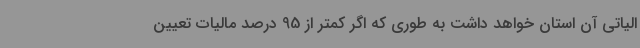
الیاتی آن استان خواهد داشت به طوری که اگر کمتر از 95 درصد مالیات تعیین